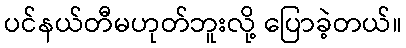
ပင်နယ်တီမဟုတ်ဘူးလို့ ပြောခဲ့တယ်။